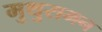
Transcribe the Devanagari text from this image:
मुथुरामन